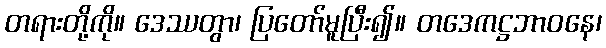
တရားတို့ကို။ ဒေဿတွာ၊ ပြတော်မူပြီး၍။ တဒေကဋ္ဌဘာဝနေ၊